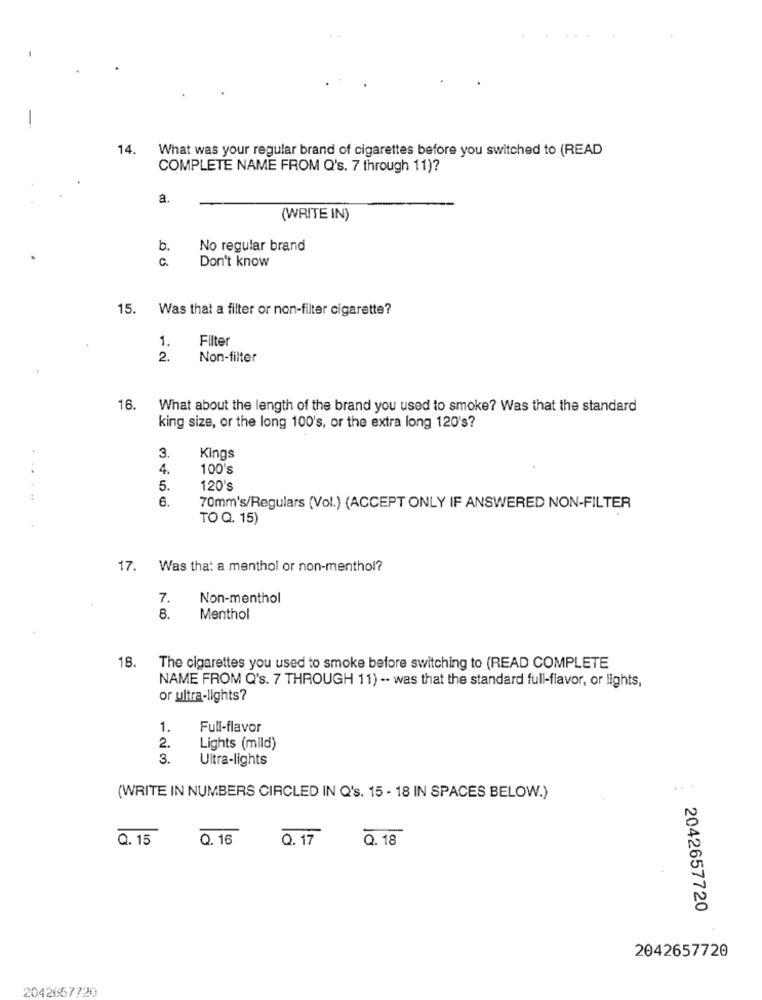
14.
What was your regular brand of cigarettes before you switched to (READ
COMPLETE NAME FROM Q's. 7 through 11)?
a.
(WRITE IN)
b.
No regular brand
C.
Don't know
15.
Was that a filter or non-filter cigarette?
1.
Filter
2.
Non-filter
16.
What about the length of the brand you used to smoke? Was that the standard
king size, or the long 100's, or the extra long 120's?
3.
Kings
4.
100's
5.
120's
6.
70mm's/Regulars (Vol.) (ACCEPT ONLY IF ANSWERED NON-FILTER
TO Q. 15)
17. Was that a menthol or non-menthol?
7.
Non-menthol
8.
Menthol
18.
The cigarettes you used to smoke before switching to (READ COMPLETE
NAME FROM Q's. 7 THROUGH 11) -- was that the standard full-flavor, or lights,
or ultra-lights?
1.
Full-flavor
2.
Lights (mild)
3.
Ultra-lights
...
(WRITE IN NUMBERS CIRCLED IN Q's. 15 - 18 IN SPACES BELOW.)
Q. 15
Q. 16
Q. 17
Q.18
2042657720
2042657720
2042657720